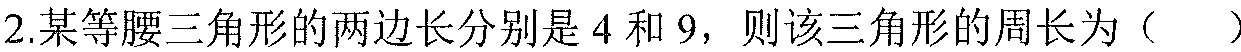
2.某等腰三角形的两边长分别是\(4\)和\(9\)，则该三角形的周长为（  ）